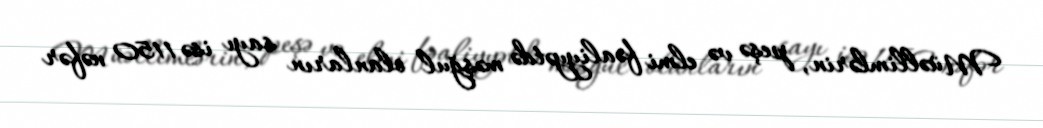
Müəllimlərin, peşə və elmi fəaliyyətdə məşğul olanların sayı isə 1150 nəfər